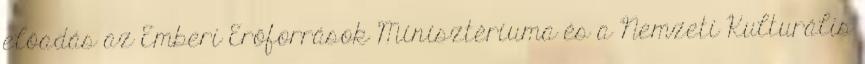
előadás az Emberi Erőforrások Minisztériuma és a Nemzeti Kulturális